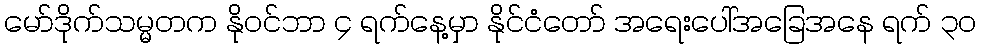
မော်ဒိုက်သမ္မတက နိုဝင်ဘာ ၄ ရက်နေ့မှာ နိုင်ငံတော် အရေးပေါ်အခြေအနေ ရက် ၃၀